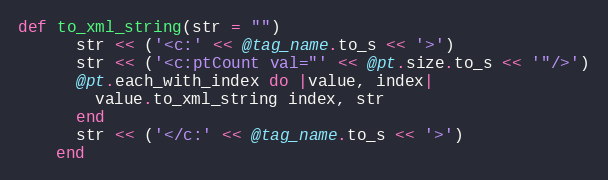
Language: Ruby
def to_xml_string(str = "")
      str << ('<c:' << @tag_name.to_s << '>')
      str << ('<c:ptCount val="' << @pt.size.to_s << '"/>')
      @pt.each_with_index do |value, index|
        value.to_xml_string index, str
      end
      str << ('</c:' << @tag_name.to_s << '>')
    end